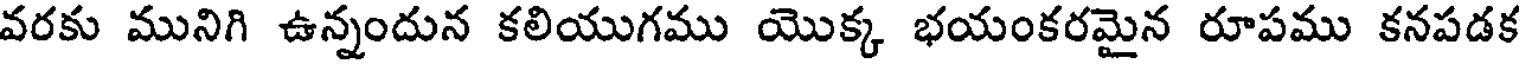
వరకు మునిగి ఉన్నందున కలియుగము యొక్క భయంకరమైన రూపము కనపడక